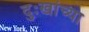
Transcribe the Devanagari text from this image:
दुःखांच्या